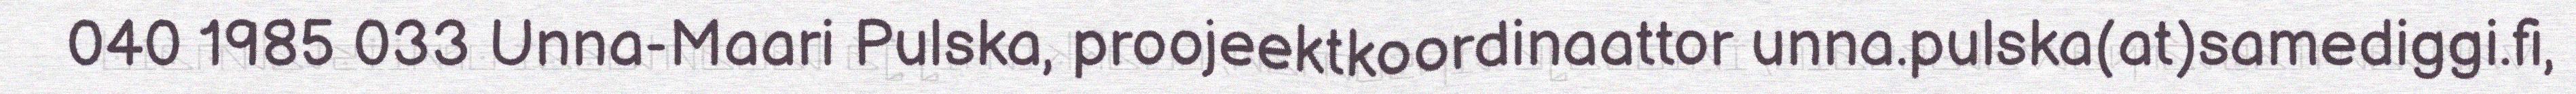
040 1985 033 Unna-Maari Pulska, proojeektkoordinaattor unna.pulska(at)samediggi.fi,